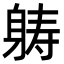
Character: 𮜶